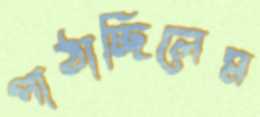
পাঠাচ্ছিলেম